Scottish Education Department, 1928
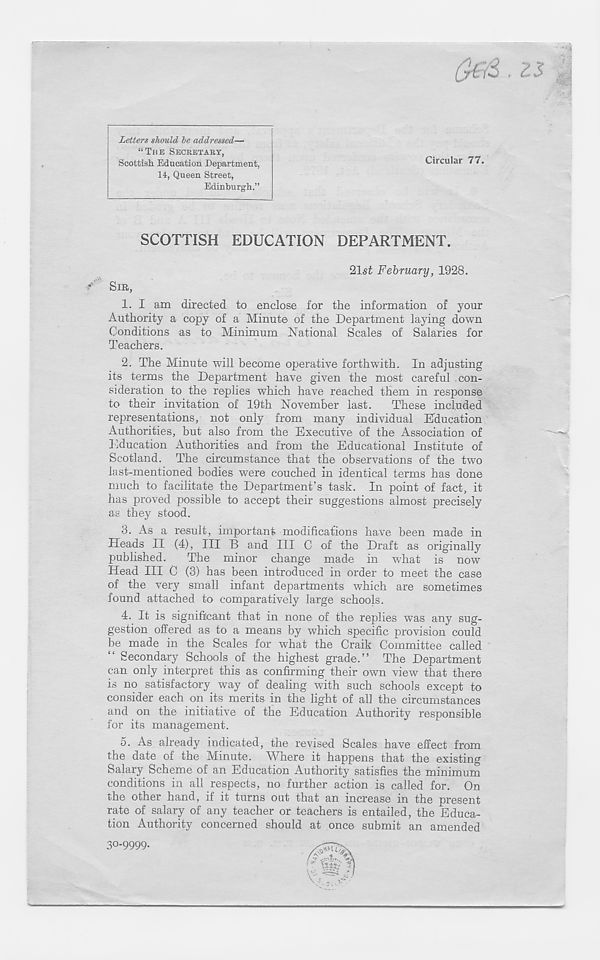
O&S, zs
Letters should he addressed—
“THE SECRETARY,
Scottish. Education Department,
14, Queen Street,
Edinburgh.”
Circular 77.
SCOTTISH EDUCATION DEPARTMENT.
21st February, 1928.
SIB,
1. I am directed to enclose for the information of your
Authority a copy of a Minute of the Department laying down
Conditions as to Minimum National Scales of Salaries for
Teachers.
2. The Minute will become operative forthwith. In adjusting
its terms the Department have given the most careful con-
sideration to the replies which have reached them in response
to their invitation of 19th November last.
These included
representations, not only from many individual Education
Authorities, but also from the Executive of the Association of
Education Authorities and from the Educational Institute of
Scotland. The circumstance that the observations of the two
last-mentioned bodies were couched in identical terms has done
much to facilitate the Department’s task. In point of fact, it
has proved possible to accept their suggestions almost precisely
as they stood.
3. As a result, important modifications have been made in
Heads II (4), III B and III C of the Draft as originally
published.
The minor change made in what is now
Head III C (3) has been introduced in order to meet the case
of the very small infant departments which are sometimes
found attached to comparatively large schools.
4. It is significant that in none of the replies was any sug-
gestion offered as to a means by which specific provision could
be made in the Scales for what the Craik Committee called
Secondary Schools of the highest grade.” The Department
can only interpret this as confirming their own view that there
is no satisfactory way of dealing with such schools except to
consider each on its merits in the light of all the circumstances
and on the initiative of the Education Authority responsible
for its management.
5. As already indicated, the revised Scales have effect from
the date of the Minute. Where it happens that the existing
Salary Scheme of an Education Authority satisfies the minimum
conditions in all respects, no further action is called for. On
the other hand, if it turns out that an increase in the present
rate of salary of any teacher or teachers is entailed, the Educa-
tion Authority concerned should at once submit an amended
30-9999.